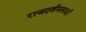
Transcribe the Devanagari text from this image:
राजदर्शनासाठी